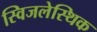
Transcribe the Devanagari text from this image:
स्विजलेस्थिक